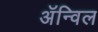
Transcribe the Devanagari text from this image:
अॅन्विल